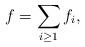
LaTeX: \begin{align*}f = \sum_{i\geq 1} f_i,\end{align*}